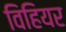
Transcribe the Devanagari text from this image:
विहियर